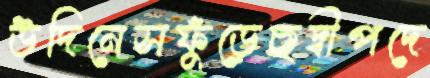
উদিনেসফুঁড়েছদ্বীপদে